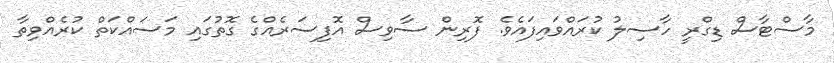
މާސްޓާސް ޑިގްރީ ހާސިލު ކުރައްވައިފައެވެ. ފޮރިން ސާވިސް އޮފިސަރެއްގެ ގޮތުގައި މަސައްކަތް ކުރެއްވިތާ